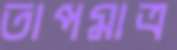
তাপমাত্র